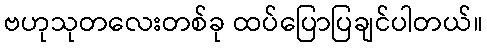
ဗဟုသုတလေးတစ်ခု ထပ်ပြောပြချင်ပါတယ်။